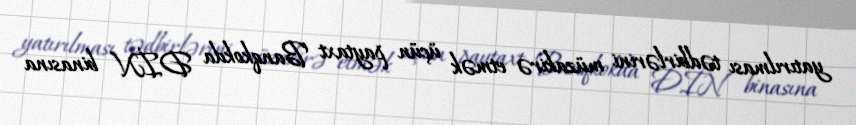
yatırılması tədbirlərini müzakirə etmək üçün paytaxt Banqkokda DİN binasına